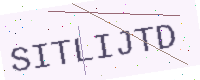
Text: SITLIJTD